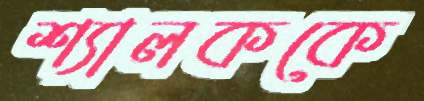
শ্যালককে